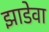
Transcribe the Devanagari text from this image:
झाडेवा